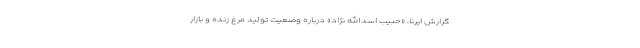
گزارش ایرنا، «حبیب اسدالله نژاد» درباره وضعیت تولید مرغ زنده و بازار